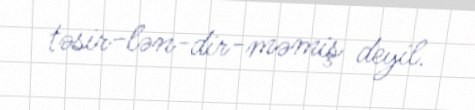
təsir­lən­dir­məmiş deyil.